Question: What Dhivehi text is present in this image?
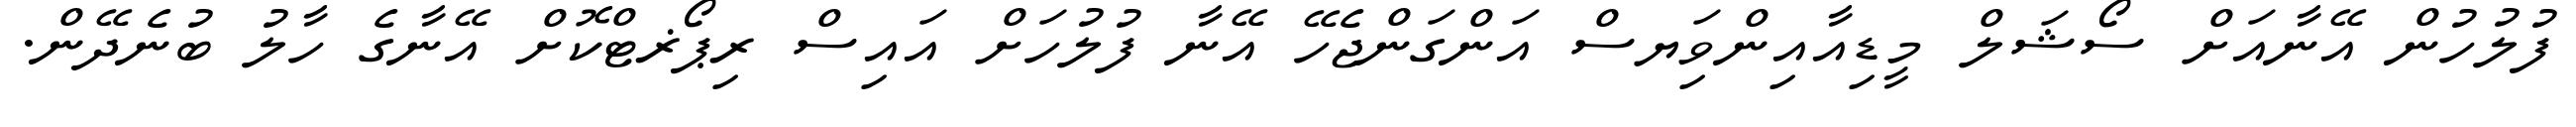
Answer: ފުލުހުން އޭނާއަށް ސޯޝަލް މީޑިއާއިންވިަޔސް އަންގަންޖެހޭ އޭނާ ފުލުހަށް އައިސް ރިޕޯޜޓްކޮށް އޭނާގެ ހާލު ބުނެދޭން.